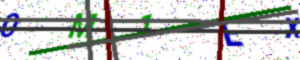
Text: 0M1EX